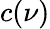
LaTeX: c(\nu)